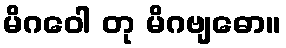
မိဂဝေါ တု မိဂဗျဓော။